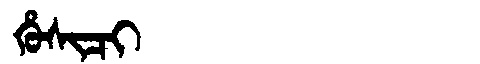
Manchu: ᡥᡠᠰᡳᠴᡳ
Romanization: HUSICI